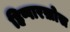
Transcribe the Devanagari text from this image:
हिप्पारख़ोस